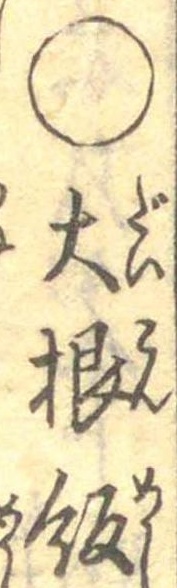
○大根飯